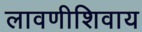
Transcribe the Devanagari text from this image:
लावणीशिवाय